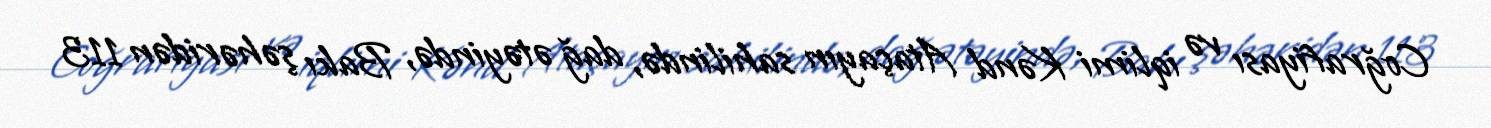
Coğrafiyası və iqlimi Kənd Ataçayın sahilində, dağ ətəyində, Bakı şəhəridən 113